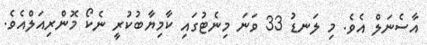
އާސެނަލް އެވެ. މި ލަނޑު 33 ވަނަ މިނެޓުގައި ކާމިޔާބުކުރީ ނެކޯ މޮންރިއަލްއެވެ.